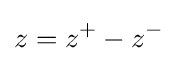
\,\!z=z^{+}-z^{-}